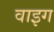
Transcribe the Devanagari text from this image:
वाइग